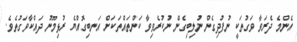
އެންމެ ދެރަވާ ވަގުތަކީ ނުފުދިގެން ނުލިބިގެން ނުކުރެވިވާ ކަންތައްތަކަށް އަނބިގޮއްޔެ ރުޅިމޫނު ދައްކާވަގުތެވެ.